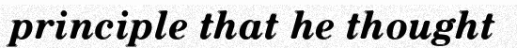
principle that he thought